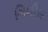
ગિલીસ